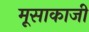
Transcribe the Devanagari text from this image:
मूसाकाजी